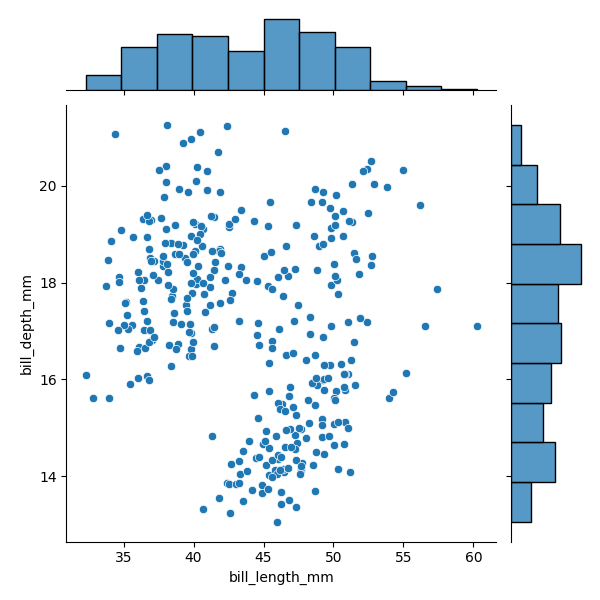
python, seaborn, JointGrid, scatterplot, histplot